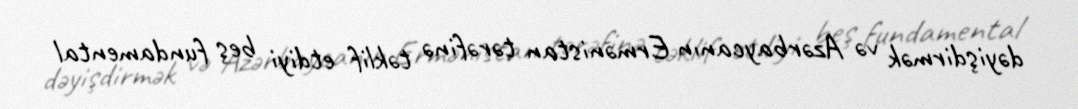
dəyişdirmək və Azərbaycanın Ermənistan tərəfinə təklif etdiyi beş fundamental